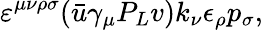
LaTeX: \varepsilon^{\mu\nu\rho\sigma}(\bar{u}\gamma_{\mu}P_{L}v)k_{\nu}\epsilon_{\rho}p_{\sigma},